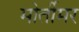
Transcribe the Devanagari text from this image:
मोर्तीमर